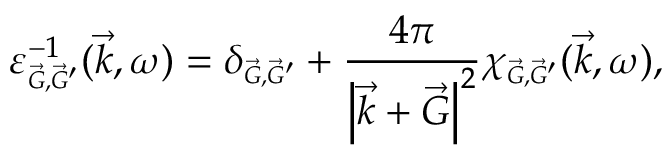
\varepsilon _ { \scriptscriptstyle \vec { G } , \vec { G } ^ { \prime } } ^ { - 1 } ( \vec { k } , \omega ) = \delta _ { \scriptscriptstyle \vec { G } , \vec { G } ^ { \prime } } + \frac { 4 \pi } { \left| \vec { k } + \vec { G } \right| ^ { 2 } } \chi _ { \scriptscriptstyle \vec { G } , \vec { G } ^ { \prime } } ( \vec { k } , \omega ) ,